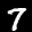
Label: 7